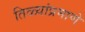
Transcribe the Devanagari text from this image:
तिळ्यांप्रमाणे